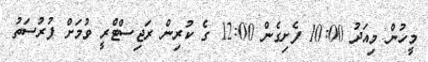
މީހުން މިއަދު 10:00 ފެށިގެން 12:00 ގެ ކުރިން ރަޖިސްޓްރީ ވުމަށް ފުރުސަތު